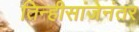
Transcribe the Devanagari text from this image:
तिन्हीसांजेनंतर